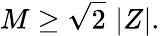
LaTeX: M\geq\sqrt{2}\, \left|Z\right|.